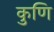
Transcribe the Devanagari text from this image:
कुणि